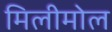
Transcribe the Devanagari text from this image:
मिलीमोल